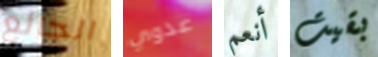
الجائع عدوي أنعم بقيت